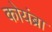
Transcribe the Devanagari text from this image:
कोयंब्रा